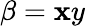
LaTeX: \beta=\mathbf{x}y